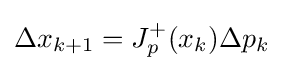
\Delta x_{k+1}=J_{p}^{+}(x_{k})\Delta p_{k}